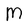
Character: M